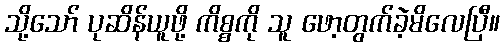
သို့သော် ပုဆိန်ယူဖို့ ကိစ္စကို သူ ဖော့တွက်ခဲ့မိလေပြီ။